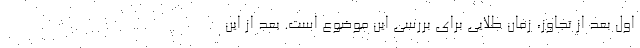
اول بعد از تجاوز، زمان طلایی برای بررسی این موضوع است. بعد از این